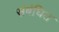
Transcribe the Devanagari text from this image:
संबंघित